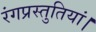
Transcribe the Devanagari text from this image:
रंगप्रस्तुतियां।